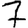
Digit: 7